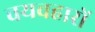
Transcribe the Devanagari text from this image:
वयवहारों